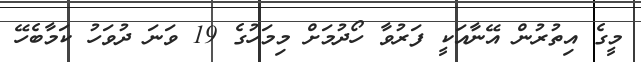
މީގެ އިތުރުން އޭނާއަކީ ފަރުވާ ހޯދުމަށް މިމަހުގެ 19 ވަނަ ދުވަހު ކަމާބެހޭ